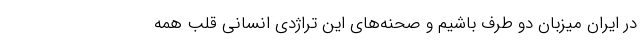
در ایران میزبان دو طرف باشیم و صحنه‌های این تراژدی انسانی قلب همه